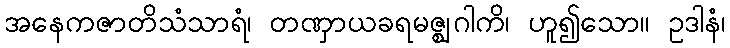
အနေကဇာတိသံသာရံ၊ တဏှာယခရမဇ္ဈဂါကိ၊ ဟူ၍သော။ ဥဒါနံ၊